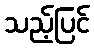
သည့်ပြင်